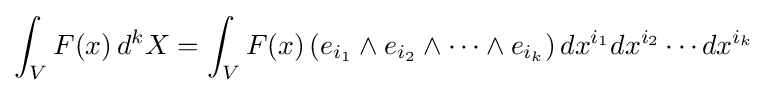
\int _{V}F(x)\,d^{k}X=\int _{V}F(x)\left(e_{i_{1}}\wedge e_{i_{2}}\wedge \cdots \wedge e_{i_{k}}\right)dx^{i_{1}}dx^{i_{2}}\cdots dx^{i_{k}}